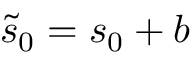
\tilde { s } _ { 0 } = s _ { 0 } + b